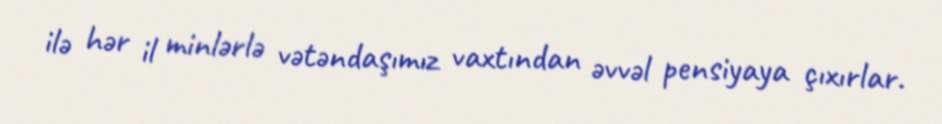
ilə hər il minlərlə vətəndaşımız vaxtından əvvəl pensiyaya çıxırlar.